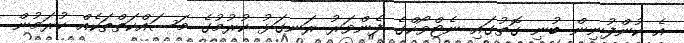
އެ ކުންފުނިން ބުނި ގޮތުގައި ނެޓްވޯކްގެ ފެންވަރު ރަނގަޅު ކުރުމުގެ މަސައްކަތްތަކެއް ކުރަމުން